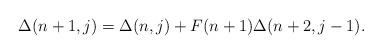
LaTeX: \begin{align*}\Delta (n+1,j)=\Delta (n,j)+F(n+1)\Delta (n+2,j-1).\end{align*}